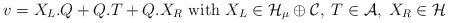
\begin{align*}v=X_L. Q + Q .T + Q. X_R {\rm ~ with ~} X_L \in {\cal H}_\mu \oplus {\cal C},\; T \in {\cal A},\; X_R \in \cal H \end{align*}